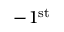
- 1 ^ { \mathrm { s t } }